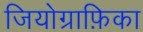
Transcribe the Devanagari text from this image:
जियोग्राफ़िका